Civil Veterinary Dept. Assam report 1911-1927 - 1911-1927
Year: 1911
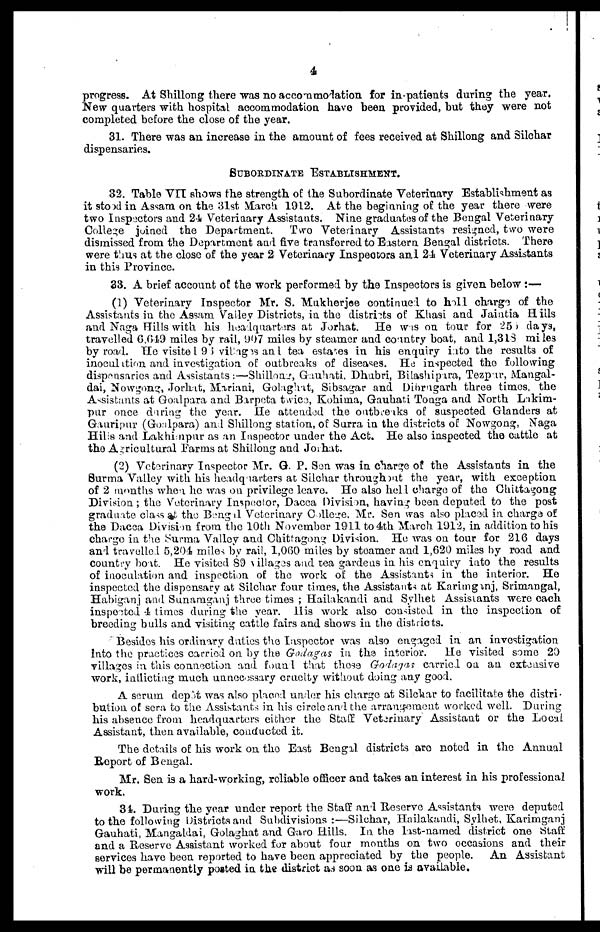
4
progress. At Shillong there was no accommodation for in-patients during the year.
New quarters with hospital accommodation have been provided, hut they were not
completed before the close of the year.
31. There was an increase in the amount of fees received at Shillong and Silchar
dispensaries.
SUBORDINATE ESTABLISHMENT.
32. Table VII shows the strength of the Subordinate Veterinary Establishment as
it stood Assam on the 31st March 1912. At the beginning of the year there were
two Inspectors and 24 Veterinary Assistants. Nine graduates of the Bengal Veterinary
College joined the Department. Two Veterinary Assistants resigned, two were
dismissed from the Department and five transferred to Eastern Bengal districts. There
were thus at the close of the year 2 Veterinary Inspectors and 24 Veterinary Assistants
in this Province.
33. A brief account of the work performed by the Inspectors is given below :—
(1) Veterinary Inspector Mr. S. Mukkerjee continued to holl charge of the
Assistants in the Assam Valley Districts, in the districts of Khasi and Jaiatia Hills
and Naga Hills with his headquarters at Jorhat. He was on tour for 255 days,
travelled 6,649 miles by rail, 907 miles by steamer and country boat, and 1,313 miles
by road. He visited 9 5 village and tea estates in his enquiry into the results of
inoculation and investigation of outbreaks of diseases. He inspected the following
dispensaries and Assistants:—Shiilong Gauhati, Dhubri, Bilashipara, Tezpur, Mangal-
dai, Nowgong, Jorhat, Mariaai, Golaghat, Sibsagar and Dinrugarh three times, the
Assistants at Goalpara and Barpcta twice, Kohima, Gauhati Tonga and North Lakim-
pur once during the year. He attended the outbreaks of suspected Glanders at
Gauripur (Goalpara) and Shillong station, of Surra in the districts of Nowgong, Naga
Hills and Lakhinpur as an Inspector under the Act. He also inspected the cattle at
the Agricultural Farms at Shillong and Jorhat.
(2) Veterinary Inspector Mr. G. P. Sen was in charge of the Assistants in the
Surma Valley with his headquarters at Silchar throughout the year, with exception
of 2 months when he was on privilege leave. He also hell charge of the Chittagong
Division; the Veterinary Inspector, Dacca Division, having been deputed to the post
graduate class at the Bengal Veterinary College, Mr. Sen was also placed in charge of
the Dacca Division from the 10th November 1911 to 4th March 1912, in addition to his
charge in the Surma Valley and Chittagong Division. He was on tour for 216 days
and travelled 5,204 miles by rail, 1,060 miles by steamer and 1,620 miles by road and
country boat. He visited 89 Villages and tea gardens in his enquiry into the results
of inoculation and inspection of the work of the Assistants in the interior. He
inspected the dispensary at Siichar four times, the Assistants at Karimganj, Srimangal,
Habiganj and Sunamganj three times ; Hailakandi and Sylhet Assistants were each
inspected 4 times during the year. His work also consisted in the inspection of
breeding bulls and visiting cattle fairs and shows in the districts.
Besides his ordinary duties the Inspector was also engaged in an investigation
into the practices carried on by the Godagas in the interior. He visited some 20
villages in this connection and found that these Godagas carried on an extensive
work, inliicting much unnecessary cruelty without doing any good.
A serum depôt was also placed under his charge at Siichar to facilitate the distri-
bution of sera to the Assistants in his circle and the arrangement worked well. During
his absence from headquarters either the Staff Veterinary Assistant or the Local
Assistant, then available, conducted it.
The details of his work on the East Bengal districts are noted in the Annual
Report of Bengal.
Mr. Sen is a hard-working, reliable officer and takes an interest in his professional
work.
31. During the year under report the Staff and Reserve Assistants were deputed
to the following Districts and Subdivisions:—Siichar, Hailakandi, Sylhet, Karimganj
Gauhati, Mangaldai, Golaghat and Garo Hills. In the last-named district one Staff
and a Reserve Assistant worked for about four months on two occasions and their
services have been reported to have been appreciated by the people. An Assistant
will be permanently posted in the district as soon as one is available.